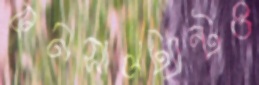
কনসালট্যান্টও